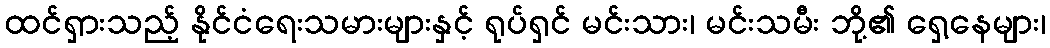
ထင်ရှားသည့် နိုင်ငံရေးသမားများနှင့် ရုပ်ရှင် မင်းသား၊ မင်းသမီး ဘို့၏ ရှေ့နေများ၊